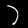
Label: 7